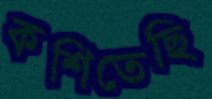
কশিতেছি